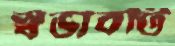
স্বভাবটি